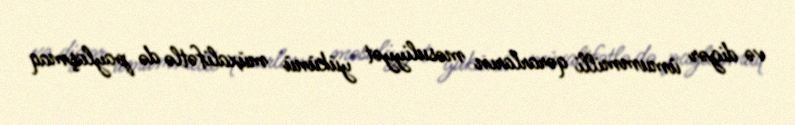
və digər ümummilli qərarların məsuliyyət yükünü müxalifətlə də paylaşmaq